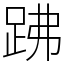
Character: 𧿳